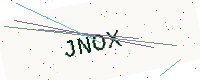
Text: JNOX